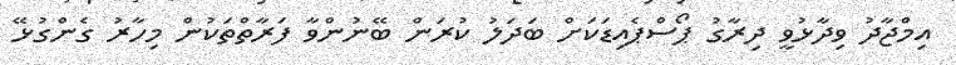
އިމްޖާދު ވިދާޅުވީ ދިރާގު ޕޯސްޕެއިޑަކަށް ބަދަލު ކުރަން ބޭނުންވާ ފަރާތްތަކުން މިހާރު ގެންގުޅޭ